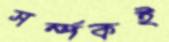
সর্ম্পকই